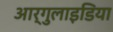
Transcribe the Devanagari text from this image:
आर्गुलाइडिया